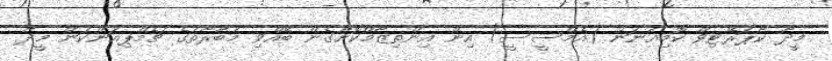
މީދޫ ކޯޕަރޭޓިވް ކޮމިއުނަން (އެމްސީސީ) އިން އިންތިޒާމްކޮށްގެން ބޭއްވި މުބާރާތުގެ ޗެމްޕިއަންކަން މީދޫ